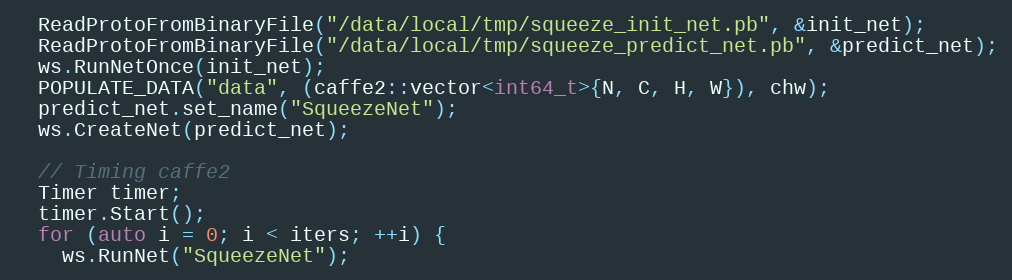
Language: C++
  ReadProtoFromBinaryFile("/data/local/tmp/squeeze_init_net.pb", &init_net);
  ReadProtoFromBinaryFile("/data/local/tmp/squeeze_predict_net.pb", &predict_net);
  ws.RunNetOnce(init_net);
  POPULATE_DATA("data", (caffe2::vector<int64_t>{N, C, H, W}), chw);
  predict_net.set_name("SqueezeNet");
  ws.CreateNet(predict_net);

  // Timing caffe2
  Timer timer;
  timer.Start();
  for (auto i = 0; i < iters; ++i) {
    ws.RunNet("SqueezeNet");